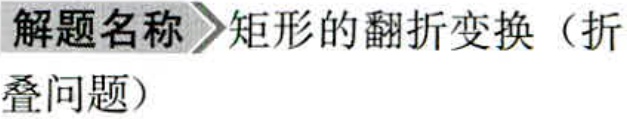
解题名称 矩形的翻折变换（折
叠问题）